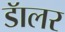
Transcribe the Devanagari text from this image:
डॅालर